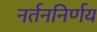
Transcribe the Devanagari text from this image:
नर्तननिर्णय